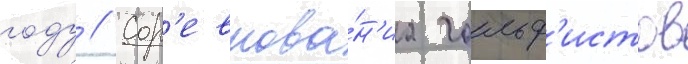
году // Сор'евнова́н'иа гольф'истов